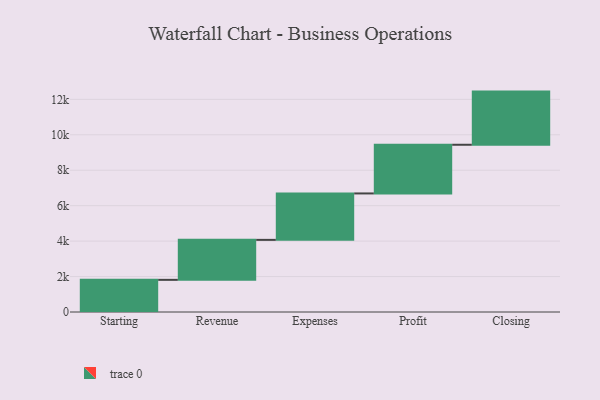
{"axis": {"x": "Step", "y": "Value"}, "legend": [""], "data": [{"x": "Starting", "y": 1814.0, "type": ""}, {"x": "Revenue", "y": 2256.0, "type": ""}, {"x": "Expenses", "y": 2620.0, "type": ""}, {"x": "Profit", "y": 2747.0, "type": ""}, {"x": "Closing", "y": 3000, "type": ""}]}